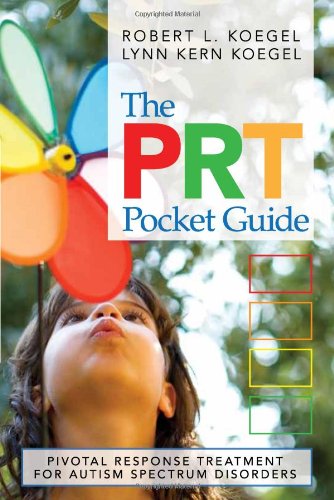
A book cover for The PRT Pocket Guide: Pivotal Response Treatment for Autism Spectrum Disorders; Robert Koegel Ph.D.; Medical Books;